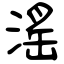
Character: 滛